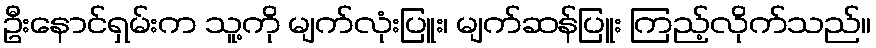
ဦးနောင်ရှမ်းက သူ့ကို မျက်လုံးပြူး၊ မျက်ဆန်ပြူး ကြည့်လိုက်သည်။